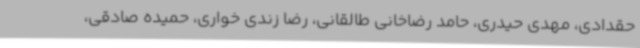
حقدادی، مهدی حیدری، حامد رضاخانی طالقانی، رضا زندی خواری، حمیده صادقی،